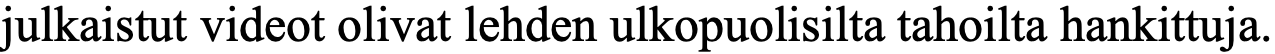
julkaistut videot olivat lehden ulkopuolisilta tahoilta hankittuja.